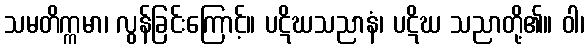
သမတိက္ကမာ၊ လွန်ခြင်းကြောင့်။ ပဋိဃသညာနံ၊ ပဋိဃ သညာတို့၏။ ဝါ၊